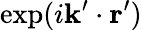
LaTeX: \exp(i\mathbf{k}^{\prime}\cdot\mathbf{r}^{\prime})